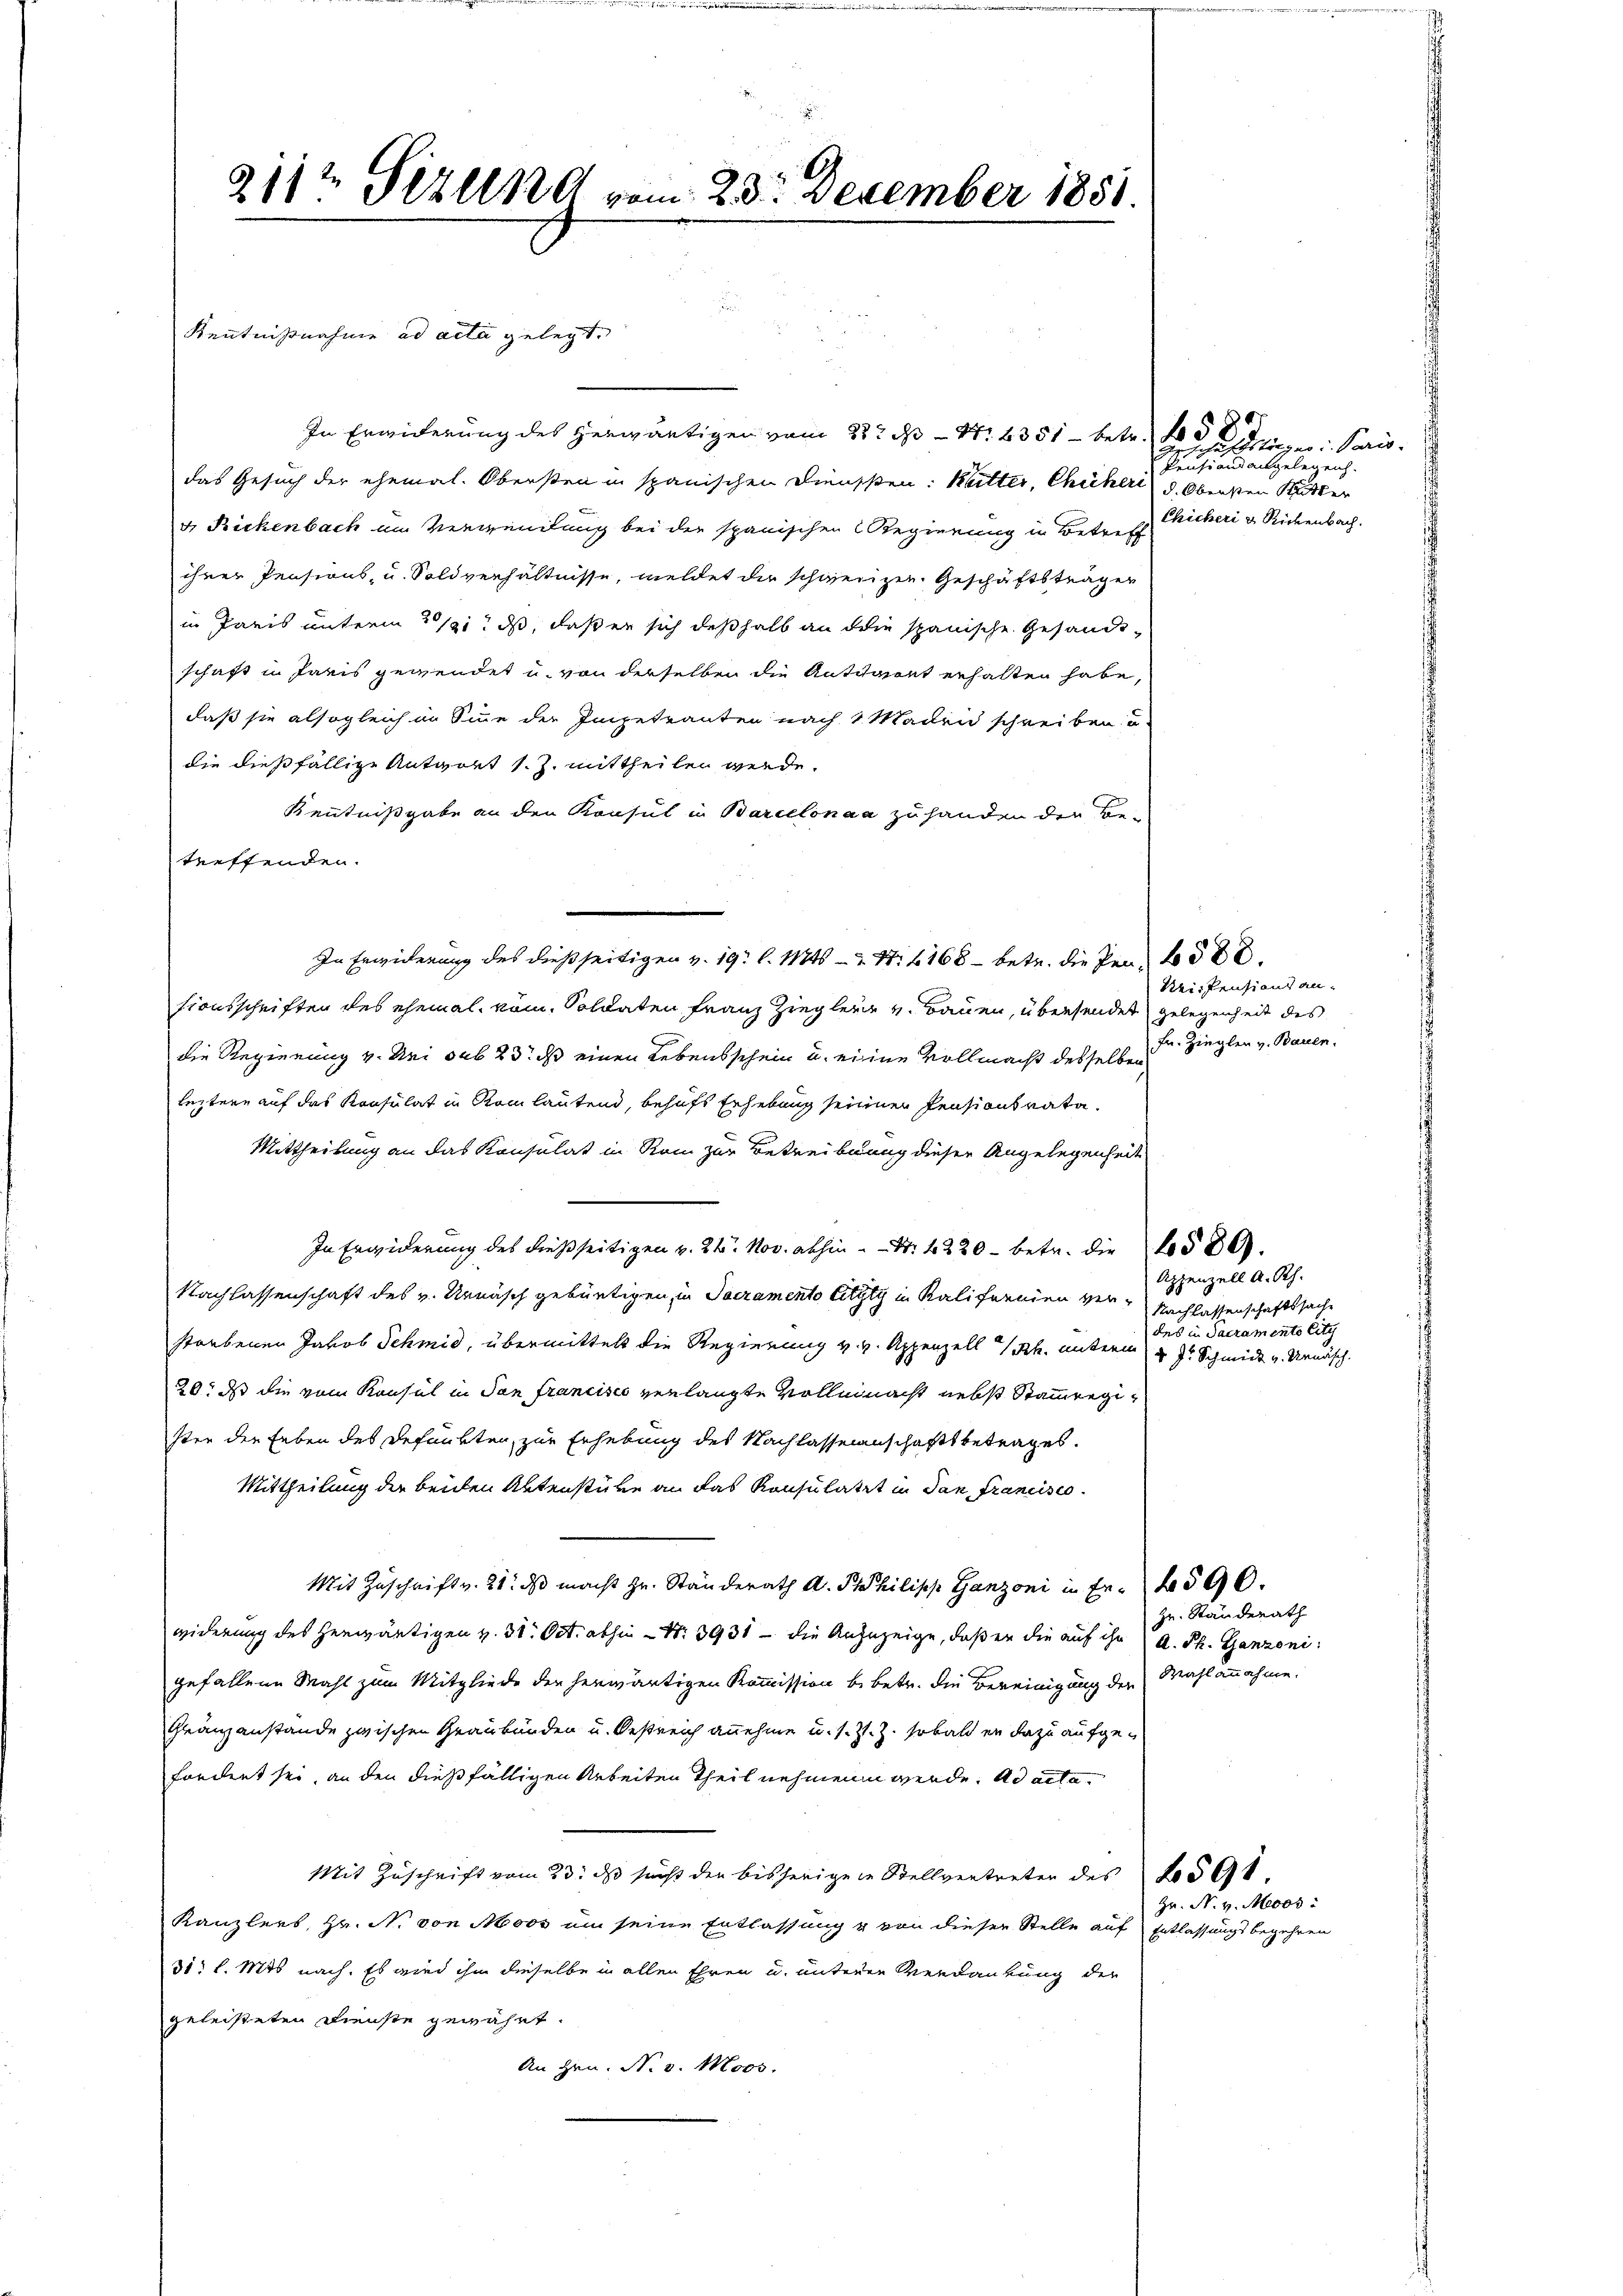
211½ Pizlend vom 23. Dezember 1851.

Kenntnißnahme ad acta gelegt.
das Gesuch der ehemal. Obersten in spanischen Dienssten: Bitter, Chüher d. Obersten Mutter
v. Rickenbach im Verwendung bei der spanischen Regierung in Betreff
ihrer Pensions- u. Soldverhältnisse, meldet die schweizen. Geschäftsträger
in Paris unterm 31. ds, daß er sich deßhalb an die spanische Gesandtschaft in Paris gewendet u. von derselben die Antwort erhalten habe,
daß sie alsogleich in Sinne der Impetranten nach 1 Maden schreiben u
die dießfällige Antwort 1. Z. mittheilen werde.
Kenntnißgabe an den Konsul in Barcelonaa zu handen der
treffenden.
In Erwiderung des dießseitigen v. 19 l. 11845 — 1 S. 168 - betr. die Persionsschriften des ehemal, vom Soldaten Franz Zieglern v. Bauen, übersendet gelegenheit des
die Regierung v. Uri sub 23. ds einen Lebensschein u. eine Vollmacht desselben,
leztere auf das Konsulat in Reinlautend, behufs Erhebung seiner Pensionsrata¬
Mittheilung an das Konsulat in Rom zur Betreibung dieser Angelegenheit
In Erwiderung des dießseitigen v. 24. Nov. abhin -  N: 1220 - betr. die 1580.
Nachlassenschaft des v. Arnasch gebürtigen, in Sacramento letzty in Kaliformien verstorbenen Jakob Schmid, übermittelt die Regierung v. v. Appenzell I/Rh. unterm 4 J. Schmidt v. Urnäsch.
20. ds die vom Konsul in San francisco verlangte Vollmacht nebst Stammengister der Leben des Befunkten, zur Erhebung des Nachlassenanschaftsbetrages.
Mittheilung der beiden Aktenstüre an das Konsulatit in dan francisco
Mit Zŭschrift v. 21. dβ macht Hr. Ständerath A. Philipp Ganzoni in Fr. 590.
widerung des herwärtigen v. 31. Oct. abhin - N. 3931 - die Anzuzeige, daß er die auf ihn a. Ph. Ganzoni:
gefallene Mahl zum Mitgliede der herwärtigen Kommission bebetr. die Bereinigung der Wahlannahme.
Gränzanstände zwischen Graubünden u. Oestreich annehme u. s. Z. Z. sobald er dazu aufgefondert sei, an den dießfälligen Arbeiten Theil nehmenen werde. Ad acta
Mit Zuschrift vom 23. ds sucht den bisherigene Stellvertreten des No 591.
Kanzlers, Hr. N. von Moos um seine Entlassung u von dieser Stelle auf Entlassungsbegehren
31 l. Mts nach. Es wird ihm dieselbe in allen Ehren u. unterer Verdankung der
geleisteten Dienste gewährt.
An Hrn. N. v. Moos.

In Erwiderung des herwärtigen vom 28t ds Nr. 1351 betr. die Gegen Pan¬

Seren einen gelegen
Chicheri u. Rickenbach.

Reifensions an¬
Fr. Zieglen v. Bauen.

Appenzell A. Rh.
Nachlassenschaftssache
des in Sacramente City

zu. Standerath

Hr. N. v. Moos: